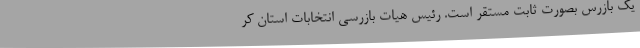
یک بازرس بصورت ثابت مستقر است. رئیس هیات بازرسی انتخابات استان کر